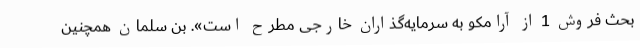
بحث فروش 1 از آرامکو به سرمایه‌گذاران خارجی مطرح است». بن سلمان همچنین